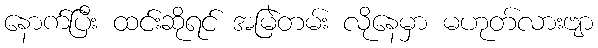
နောက်ပြီး ထင်းဆိုရင် အမြဲတမ်း လိုနေမှာ မဟုတ်လားဗျာ